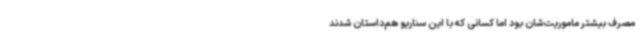
مصرف بیشتر ماموریت‌شان بود اما کسانی که با این سناریو هم‌داستان شدند